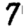
Digit: 7